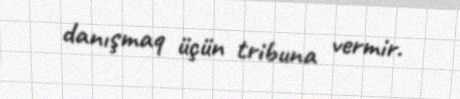
danışmaq üçün tribuna vermir.